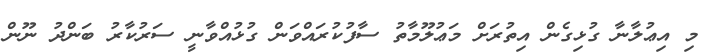
މި އިޢުލާނާ ގުޅިގެން އިތުރަށް މަޢުލޫމާތު ސާފުކުރައްވަން ގުޅުއްވާނީ ސަރުކާރު ބަންދު ނޫން